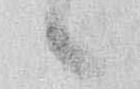
候